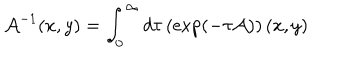
{ \cal A } ^ { - 1 } ( x , y ) = \int _ { 0 } ^ { \infty } d \tau \left( \exp \left( - \tau { \cal A } \right) \right) ( x , y )